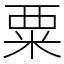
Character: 粟